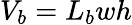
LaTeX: V_{b}=L_{b}wh